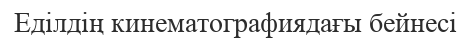
Еділдің кинематографиядағы бейнесі